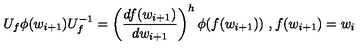
U _ { f } \phi ( w _ { i + 1 } ) U _ { f } ^ { - 1 } = \left( \frac { d f ( w _ { i + 1 } ) } { d w _ { i + 1 } } \right) ^ { h } \phi ( f ( w _ { i + 1 } ) ) \ , f ( w _ { i + 1 } ) = w _ { i } \